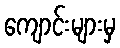
ကျောင်းများမှ